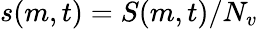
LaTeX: s(m,t)=S(m,t)/N_{v}